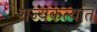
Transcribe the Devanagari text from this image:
राज्यकर्त्यात